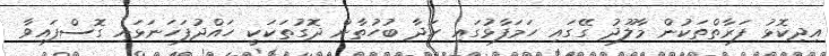
އިދިކޮޅު ފަރާތްތަކުން މާލޫދު ގޭގައި ހަމަފާޅުގައި ހަދާ ބުހުތާން ދޮގުތަކަކީ ހައްދުފަހަނަޅައި ގޮސްފައިވާ